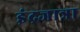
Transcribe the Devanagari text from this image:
इंद्रजात्रा